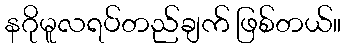
နဂိုမူလရပ်တည်ချက် ဖြစ်တယ်။